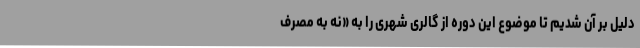
دلیل بر آن شدیم تا موضوع این دوره از گالری شهری را به «نه به مصرف